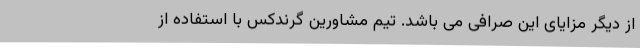
از دیگر مزایای این صرافی می باشد. تیم مشاورین گرندکس با استفاده از